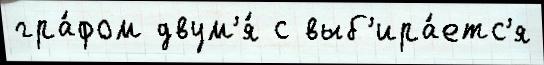
гра́фом двум'я́ с выб'ира́етс'я